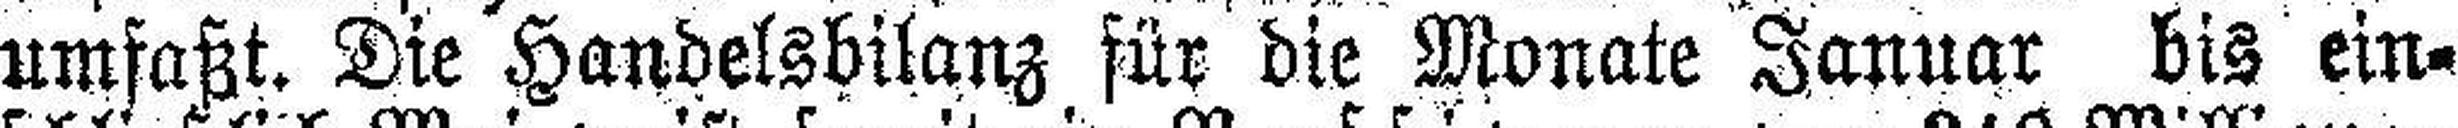
umfaßt. Die Handelsbilanz für die Monate Januar bis ein¬